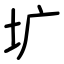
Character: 圹